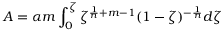
A = \alpha m \int _ { 0 } ^ { \zeta } \zeta ^ { \frac { 1 } { n } + m - 1 } ( 1 - \zeta ) ^ { - \frac { 1 } { n } } d \zeta